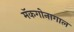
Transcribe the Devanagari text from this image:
मॅकगोनागाल